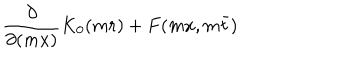
LaTeX: \frac { \partial } { \partial ( m x ) } K _ { 0 } ( m r ) + F ( m x , m \bar { t } )